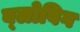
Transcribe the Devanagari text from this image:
ब्‍लोविग